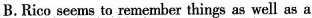
B.Rico seems to remember things as well as a